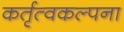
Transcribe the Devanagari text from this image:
कर्तृत्वकल्पना